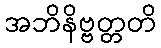
အဘိနိဗ္ဗတ္တတိ